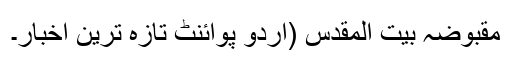
مقبوضہ بیت المقدس (اُردو پوائنٹ تازہ ترین اخبار۔